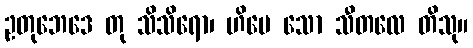
ဥတုဘေဒေ တု သိသိရော၊ ဟိမေ သော သီတလေ တိသု။